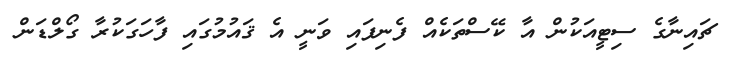
ޗައިނާގެ ސިޓީއަކުން އާ ކޭސްތަކެއް ފެނިފައި ވަނީ އެ ޤައުމުގައި ފާހަގަކުރާ ގޯލްޑަން